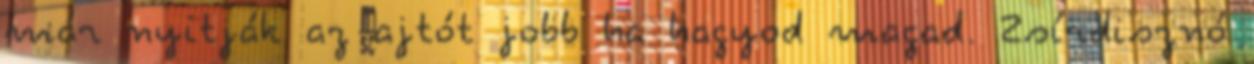
már nyitják az ajtót jobb ha hagyod magad. Zsírdisznó